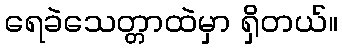
ရေခဲသေတ္တာထဲမှာ ရှိတယ်။